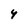
Character: 4